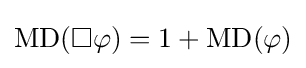
\operatorname {MD} (\Box \varphi )=1+\operatorname {MD} (\varphi )